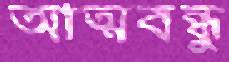
আত্মবন্ধু